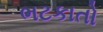
ભટકાતો